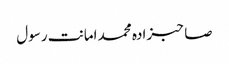
صاحبزادہ محمد امانت رسول